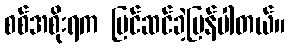
စစ်အစိုးရက ပြင်ဆင်ခဲ့ပြန်ပါတယ်။